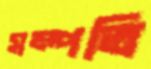
সম্পতি